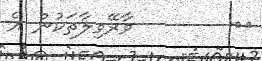
٦٩        ވާރޭވިލާތަކުން އެ